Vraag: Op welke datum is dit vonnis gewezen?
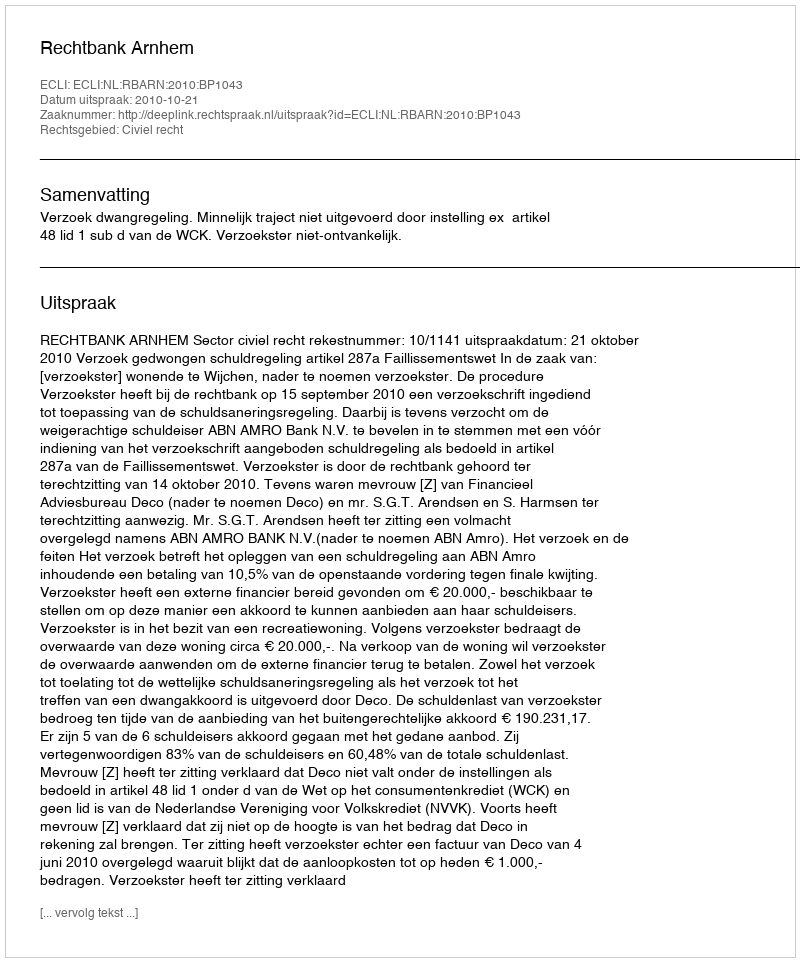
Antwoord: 2010-10-21